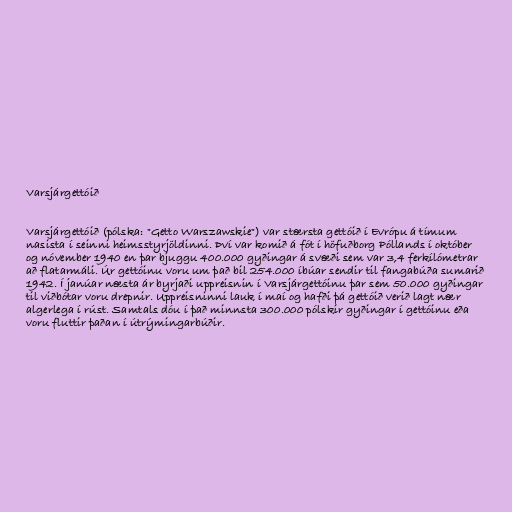
Varsjárgettóið

Varsjárgettóið (pólska: "Getto Warszawskie") var stærsta gettóið í Evrópu á tímum
nasista í seinni heimsstyrjöldinni. Því var komið á fót í höfuðborg Póllands í október
og nóvember 1940 en þar bjuggu 400.000 gyðingar á svæði sem var 3,4 ferkílómetrar
að flatarmáli. Úr gettóinu voru um það bil 254.000 íbúar sendir til fangabúða sumarið
1942. Í janúar næsta ár byrjaði uppreisnin í Varsjárgettóinu þar sem 50.000 gyðingar
til viðbótar voru drepnir. Uppreisninni lauk í maí og hafði þá gettóið verið lagt nær
algerlega í rúst. Samtals dóu í það minnsta 300.000 pólskir gyðingar í gettóinu eða
voru fluttir þaðan í útrýmingarbúðir.